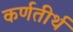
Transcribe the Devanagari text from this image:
कर्णतीर्थ